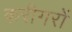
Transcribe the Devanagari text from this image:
करीगरों